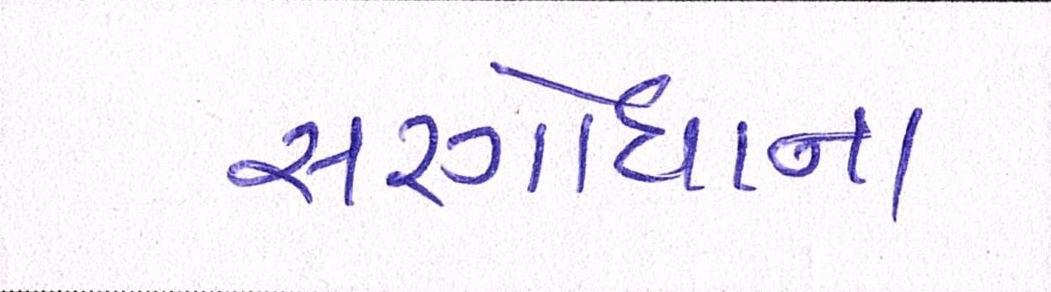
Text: સરગોધાના